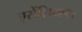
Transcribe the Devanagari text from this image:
एसेंशियल्स